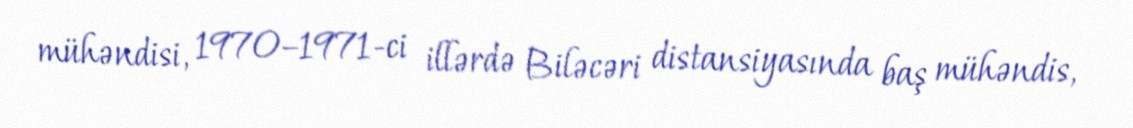
mühəndisi, 1970–1971-ci illərdə Biləcəri distansiyasında baş mühəndis,